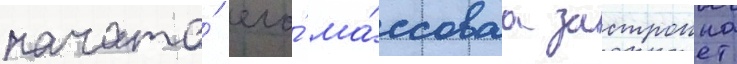
начата́ его́ ма́ссоваа застроика